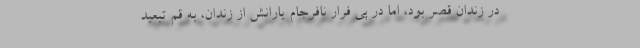
در زندان قصر بود، اما در پی فرار نافرجام یارانش از زندان، به قم تبعید